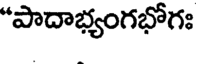
"పాదాభ్యంగభోగః